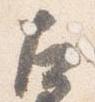
左